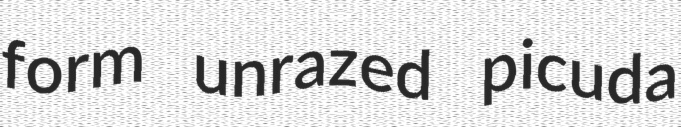
form unrazed picuda